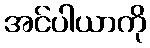
အင်ပါယာကို